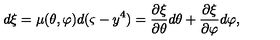
d \xi = \mu ( \theta , \varphi ) d ( \varsigma - y ^ { 4 } ) = \frac { \partial \xi } { \partial \theta } d \theta + \frac { \partial \xi } { \partial \varphi } d \varphi ,